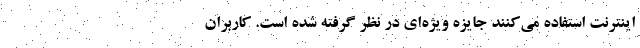
اینترنت استفاده می‌کنند جایزه ویژه‌ای در نظر گرفته شده است. کاربران